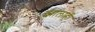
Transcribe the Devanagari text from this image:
झालाही